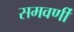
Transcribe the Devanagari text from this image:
समवर्णी